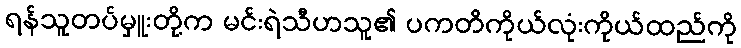
ရန်သူတပ်မှူးတို့က မင်းရဲသီဟသူ၏ ပကတိကိုယ်လုံးကိုယ်ထည်ကို